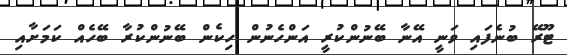
ޓޫރޭ ބުނެފައި ވަނީ އޭނާ ބޭނުންކުރީ އަންހެނުން ހިކެން ބޭނުންކުރާ ބޭހެއް ކަމަށާއި